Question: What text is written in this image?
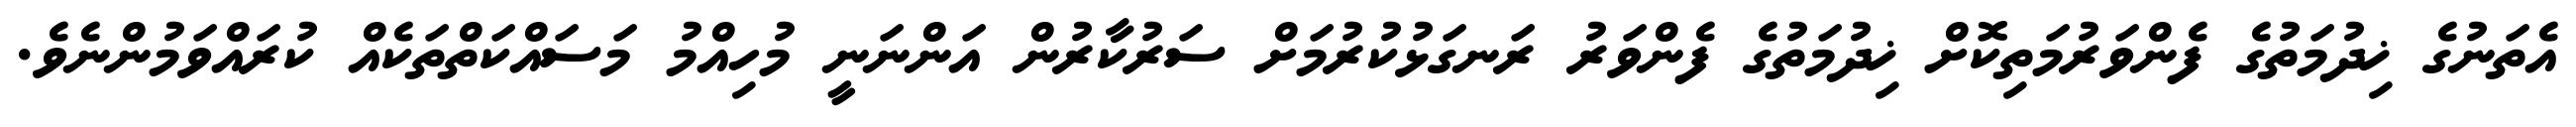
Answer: އެތަނުގެ ޚިދުމަތުގެ ފެންވަރުމަތިކޮށް ޚިދުމަތުގެ ފެންވަރު ރަނގަޅުކުރުމަށް ސަރުކާރުން އަންނަނީ މުހިއްމު މަސައްކަތްތަކެއް ކުރައްވަމުންނެވެ.